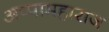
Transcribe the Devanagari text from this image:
अप्पामहाराज